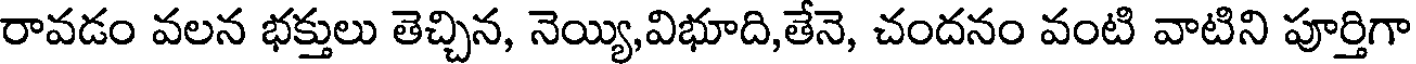
రావడం వలన భక్తులు తెచ్చిన, నెయ్యి,విభూది,తేనె, చందనం వంటి వాటిని పూర్తిగా